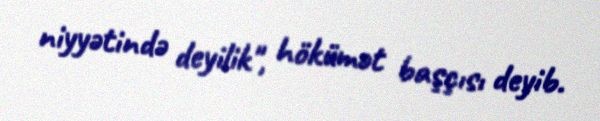
niyyətində deyilik", hökümət başçısı deyib.